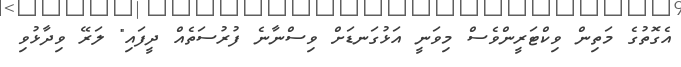
އެގޮތުގެ މަތިން ވިކްޓަރީންވެސް މިވަނީ އަޅުގަނޑަށް ވިސްނާނެ ފުރުސަތެއް ދީފައި" ލަރޭ ވިދާޅުވި